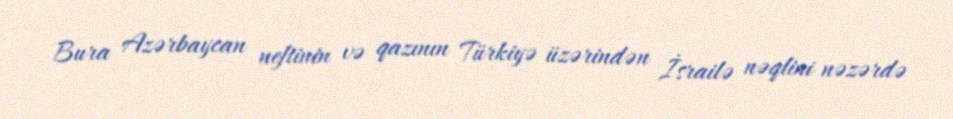
Bura Azərbaycan neftinin və qazının Türkiyə üzərindən İsrailə nəqlini nəzərdə